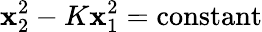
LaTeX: \mathbf{x}_{2}^{2}-K\mathbf{x}_{1}^{2}=\mathrm{{constant}}